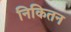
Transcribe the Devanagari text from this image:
निकितन